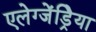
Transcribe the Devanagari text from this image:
एलेग्जेंड्रेिया